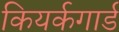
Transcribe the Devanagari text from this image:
कियर्कगार्ड